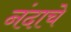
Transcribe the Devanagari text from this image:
नंदाचे